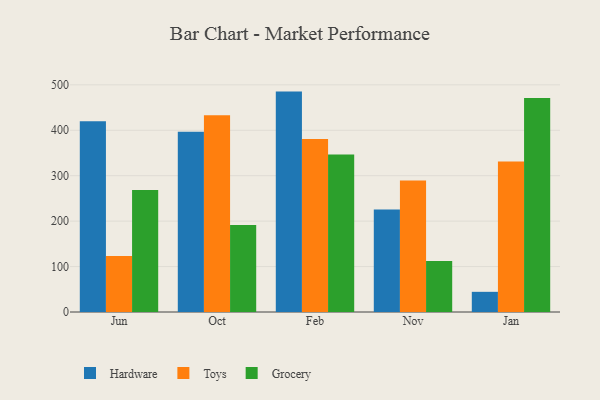
{"axis": {"x": "Month", "y": "Satisfaction Score"}, "legend": ["Grocery", "Hardware", "Toys"], "data": [{"x": "Jun", "y": 420.0, "type": "Hardware"}, {"x": "Jun", "y": 123.3, "type": "Toys"}, {"x": "Jun", "y": 268.6, "type": "Grocery"}, {"x": "Oct", "y": 396.9, "type": "Hardware"}, {"x": "Oct", "y": 433.3, "type": "Toys"}, {"x": "Oct", "y": 191.4, "type": "Grocery"}, {"x": "Feb", "y": 485.1, "type": "Hardware"}, {"x": "Feb", "y": 380.9, "type": "Toys"}, {"x": "Feb", "y": 346.5, "type": "Grocery"}, {"x": "Nov", "y": 225.5, "type": "Hardware"}, {"x": "Nov", "y": 289.3, "type": "Toys"}, {"x": "Nov", "y": 112.1, "type": "Grocery"}, {"x": "Jan", "y": 44.4, "type": "Hardware"}, {"x": "Jan", "y": 331.2, "type": "Toys"}, {"x": "Jan", "y": 471.2, "type": "Grocery"}]}